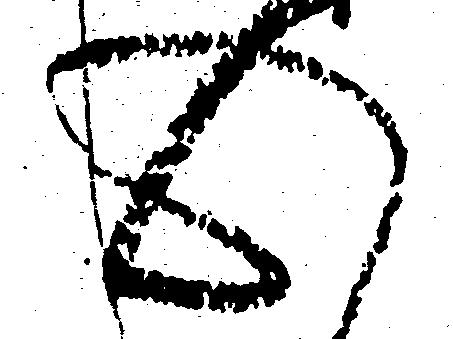
心